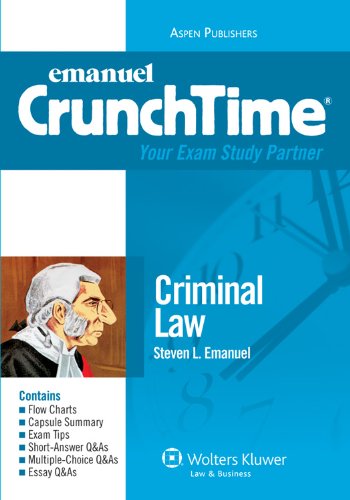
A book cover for CrunchTime: Criminal Law; Steven L. Emanuel; Law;